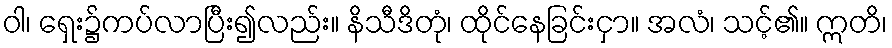
ဝါ၊ ရှေး၌ကပ်လာပြီး၍လည်း။ နိသီဒိတုံ၊ ထိုင်နေခြင်းငှာ။ အလံ၊ သင့်၏။ ဣတိ၊